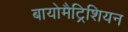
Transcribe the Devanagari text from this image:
बायोमैट्रिशियन